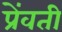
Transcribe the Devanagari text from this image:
प्रेंवती